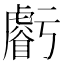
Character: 𧈃